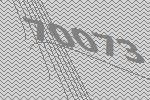
70073